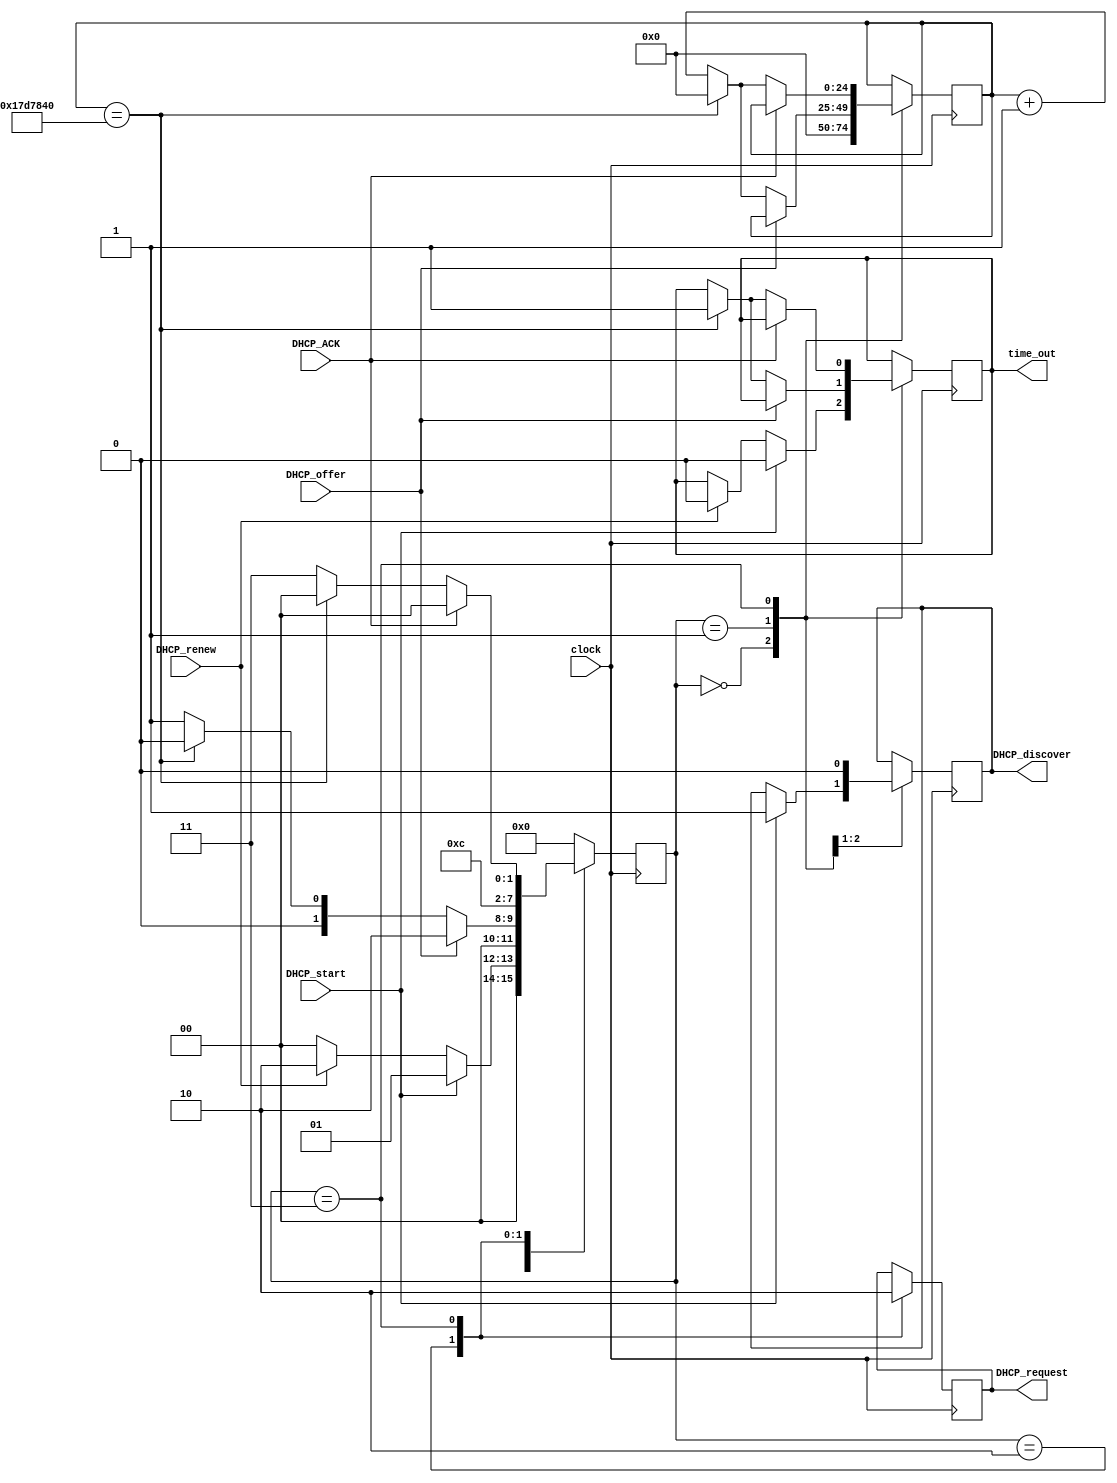
//
//  HPSDR - High Performance Software Defined Radio
//
//  Metis code. 
//
//  This program is free software; you can redistribute it and/or modify
//  it under the terms of the GNU General Public License as published by
//  the Free Software Foundation; either version 2 of the License, or
//  (at your option) any later version.
//
//  This program is distributed in the hope that it will be useful,
//  but WITHOUT ANY WARRANTY; without even the implied warranty of
//  MERCHANTABILITY or FITNESS FOR A PARTICULAR PURPOSE.  See the
//  GNU General Public License for more details.
//
//  You should have received a copy of the GNU General Public License
//  along with this program; if not, write to the Free Software
//  Foundation, Inc., 59 Temple Place, Suite 330, Boston, MA  02111-1307  USA



// DHCP - copyright 2010, 2011, 2012 Phil Harman VK6APH

/*
	change log:


*/

//  sequencer for DHCP -  state machine to sequence DHCP discover, offer, request and ACK/NAK


/*
					 
				    +--+  +--+  +--+  +--+  +--+  +--+  +--+  +--+  +--+  +--+  +--+  +--+  +--+  +--+  +--+
	clock      --+  +--+  +--+  +--+  +--+  +--+  +--+  +--+  +--+  +--+  +--+  +--+  +--+  +--+  +--+

						  +-----+
	DHCP_start-------+     +--------------------------------------------------------------- 

					          +-----+
	DHCP_discover  -------+     +--------------------------------------------------------------- sent to Tx_MAC

										             +---------------------
	DHCP_offer     -----------------//-----+													 from Rx_MAC

										             +-----+
	DHCP_request  --------------------------+     +-----------------------------------------	 sent to Tx_MAC
	
														                 +---------------
	DHCP_ACK       ----------------------------------//-----+									 from Rx_MAC 
	
	OR		       ---------+																	                  +--------------------
	time_out              +-----------------------------------------//------------------------+ 
	

	The code loops waiting for  DHCP_start from Metis. It then sets DHCP_discover high which causes 
	the TX_MAC send a discovery request. Then loops waiting for DHCP_offer, from Rx_MAC,  or a time out. 
	It then  sets DHCP_request high which causes TX_MAC to send a request. Then loops waiting for an
	DHCP_ACK from Rx_MAC or a time out. 
	
	Code then loops back to the start.

*/



module DHCP (clock, DHCP_start, DHCP_renew, DHCP_discover, DHCP_offer, time_out, DHCP_request, DHCP_ACK);

input clock;
input DHCP_start;
input DHCP_renew;
input DHCP_offer;
input DHCP_ACK;


output DHCP_discover;
output DHCP_request;
output time_out;


reg [3:0]DHCP_state;
reg DHCP_discover;
reg DHCP_request;
reg [24:0]time_count;
reg time_out; 									// set when DHCP times out

// NOTE: If set, then leave time_out flag set until we get the next discover or renew request

always @ (posedge clock)					// Tx is on negedge Tx_clock_2 
begin
	case(DHCP_state)
	0: begin
	   time_count <= 0;						// loop until we see a DHCP start signal
		if (DHCP_start) begin
			DHCP_discover <= 1'b1;
			time_out <= 0; 					// reset time out flag
			DHCP_state <= 1;
		end
		else if (DHCP_renew) begin			// send a DHCP request
			time_out <= 0; 
			DHCP_state <= 2;
		end 
		else DHCP_state <= 0;	
	   end
	1: begin										// loop until we see a DHCP offer, time out of not found
	   DHCP_discover <= 0;
			if (DHCP_offer)
				DHCP_state <= 2;
			else begin
				if (time_count == 25000000) begin
						time_out <= 1'b1;
						time_count <= 0;
						DHCP_state <= 0;
				 end
				 else begin
					time_count <= time_count + 1'b1;
					DHCP_state <= 1;
				 end 
			end 
		end
    2: begin
	   DHCP_request <= 1'b1;				// accept offered IP address
	   DHCP_state <= 3;
	   end
	3: begin
	   DHCP_request <= 0;					// loop until we see a DHCP ACK or NAK, time out if not found
		if (DHCP_ACK) 
		   DHCP_state <= 0;			 
		else begin 
			if (time_count == 25000000) begin
					time_count <= 0;
					time_out <= 1'b1;
					DHCP_state <= 0;
			 end
			 else begin
				time_count <= time_count + 1'b1;
				DHCP_state <= 3;
			 end 
		end   
	   end
	default: DHCP_state <= 0;
	endcase
end

endmodule